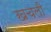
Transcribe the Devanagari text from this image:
खचली